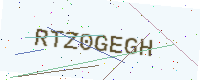
Text: RTZ0GEGH